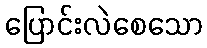
ပြောင်းလဲစေသော